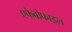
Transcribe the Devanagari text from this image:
एफेबोफाइल